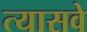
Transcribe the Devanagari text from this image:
त्यासवे